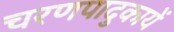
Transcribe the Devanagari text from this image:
चरणपादुकायें